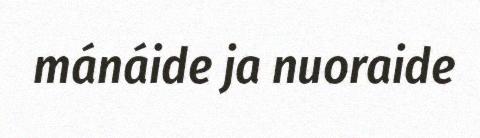
mánáide ja nuoraide